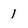
Character: 1